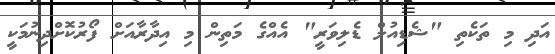
އަދި މި ތަކެތި "ޝެޑިއުލް ޑެލިވަރީ" އެއްގެ މަތިން މި އިދާރާއަށް ފޯރުކޮށްދިނުމަކީ